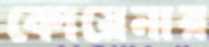
কোয়েনার